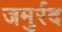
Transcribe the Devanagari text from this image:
जमुर्रद